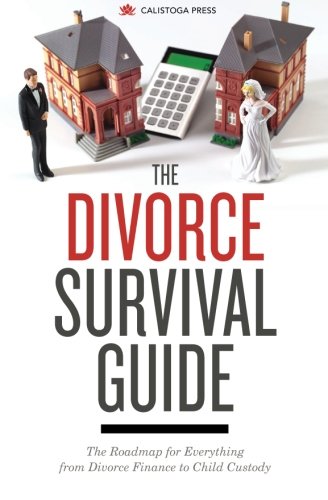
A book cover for Divorce Survival Guide: The Roadmap for Everything from Divorce Finance to Child Custody; Calistoga Press; Law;